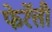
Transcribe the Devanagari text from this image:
फेर्रेत्ती